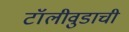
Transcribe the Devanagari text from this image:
टॉलीवुडाची